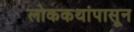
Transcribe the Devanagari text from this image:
लोककथांपासून